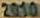
2010